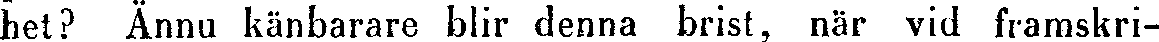
het? Ännu känbarare blir denna brist, när vid framskri-